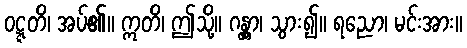
ဝဋ္ဋတိ၊ အပ်၏။ ဣတိ၊ ဤသို့။ ဂန္တွာ၊ သွား၍။ ရညော၊ မင်းအား။